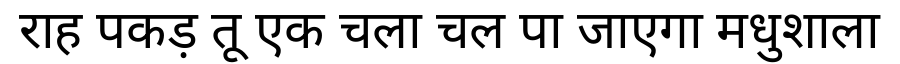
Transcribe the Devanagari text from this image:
राह पकड़ तू एक चला चल पा जाएगा मधुशाला